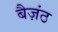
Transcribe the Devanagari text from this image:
बैज़ंठ